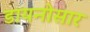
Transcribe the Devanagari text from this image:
डायनोसार